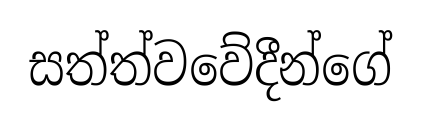
සත්ත්වවේදීන්ගේ